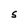
Character: S